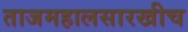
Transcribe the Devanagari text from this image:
ताजमहालसारखीच